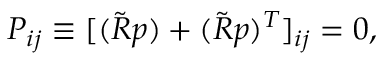
\begin{array} { r } { P _ { i j } \equiv [ ( \tilde { R } p ) + ( \tilde { R } p ) ^ { T } ] _ { i j } = 0 , } \end{array}